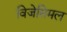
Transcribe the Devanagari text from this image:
विजेसिमल